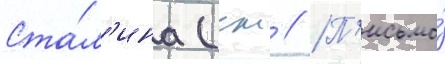
Ста́л'ина (см // П'исьмо́